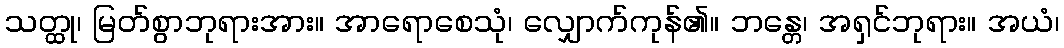
သတ္ထု၊ မြတ်စွာဘုရားအား။ အာရောစေသုံ၊ လျှောက်ကုန်၏။ ဘန္တေ၊ အရှင်ဘုရား။ အယံ၊